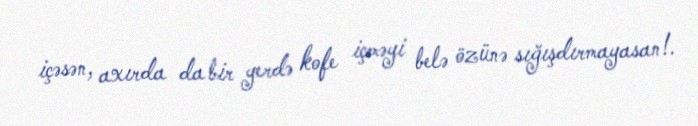
içəsən, axırda da bir yerdə kofe içməyi belə özünə sığışdırmayasan!.